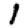
Digit: 1